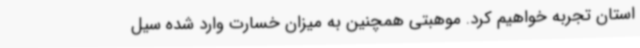
استان تجربه خواهیم کرد. موهبتی همچنین به میزان خسارت وارد شده سیل